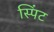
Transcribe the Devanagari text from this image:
स्पिंट